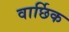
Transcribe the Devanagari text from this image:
वार्छिक